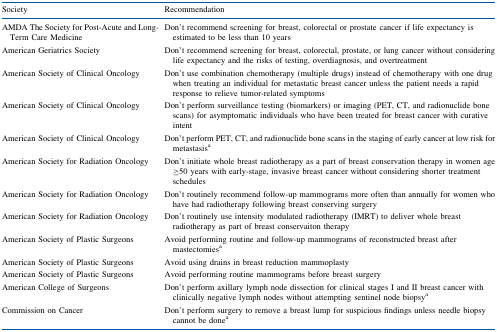
<table><thead><tr><td><b>Society</b></td><td><b>Recommendation</b></td></tr></thead><tbody><tr><td>AMDA The Society for Post-Acute and Long-Term Care Medicine</td><td>Don’t recommend screening for breast, colorectal or prostate cancer if life expectancy is estimated to be less than 10 years</td></tr><tr><td>American Geriatrics Society</td><td>Don’t recommend screening for breast, colorectal, prostate, or lung cancer without considering life expectancy and the risks of testing, overdiagnosis, and overtreatment</td></tr><tr><td>American Society of Clinical Oncology</td><td>Don’t use combination chemotherapy (multiple drugs) instead of chemotherapy with one drug when treating an individual for metastatic breast cancer unless the patient needs a rapid response to relieve tumor-related symptoms</td></tr><tr><td>American Society of Clinical Oncology</td><td>Don’t perform surveillance testing (biomarkers) or imaging (PET, CT, and radionuclide bone scans) for asymptomatic individuals who have been treated for breast cancer with curative intent</td></tr><tr><td>American Society of Clinical Oncology</td><td>Don’t perform PET, CT, and radionuclide bone scans in the staging of early cancer at low risk for metastasis<sup>a</sup></td></tr><tr><td>American Society for Radiation Oncology</td><td>Don’t initiate whole breast radiotherapy as a part of breast conservation therapy in women age ≥50 years with early-stage, invasive breast cancer without considering shorter treatment schedules</td></tr><tr><td>American Society for Radiation Oncology</td><td>Don’t routinely recommend follow-up mammograms more often than annually for women who have had radiotherapy following breast conserving surgery</td></tr><tr><td>American Society for Radiation Oncology</td><td>Don&#x27;t routinely use intensity modulated radiotherapy (IMRT) to deliver whole breast radiotherapy as part of breast conservaiton therapy</td></tr><tr><td>American Society of Plastic Surgeons</td><td>Avoid performing routine and follow-up mammograms of reconstructed breast after mastectomies<sup>a</sup></td></tr><tr><td>American Society of Plastic Surgeons</td><td>Avoid using drains in breast reduction mammoplasty</td></tr><tr><td>American Society of Plastic Surgeons</td><td>Avoid performing routine mammograms before breast surgery</td></tr><tr><td>American College of Surgeons</td><td>Don’t perform axillary lymph node dissection for clinical stages I and II breast cancer with clinically negative lymph nodes without attempting sentinel node biopsy<sup>a</sup></td></tr><tr><td>Commission on Cancer</td><td>Don’t perform surgery to remove a breast lump for suspicious findings unless needle biopsy cannot be done<sup>a</sup></td></tr></tbody></table>